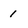
Character: 1